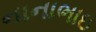
નાનાભાઇ